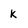
Character: k